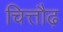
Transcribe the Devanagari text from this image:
चित्तौढ़